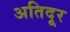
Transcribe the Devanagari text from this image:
अतिदूर